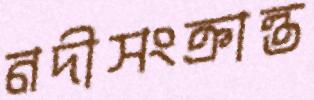
নদীসংক্রান্ত